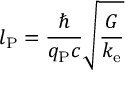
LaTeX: l _ { \mathrm { P } } = { \frac { \hbar } { q _ { \mathrm { P } } c } } { \sqrt { \frac { G } { k _ { \mathrm { e } } } } }